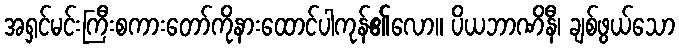
အရှင်မင်းကြီးစကားတော်ကိုနားထောင်ပါကုန်၏လော။ ပိယဘာဏိနီ၊ ချစ်ဖွယ်သော